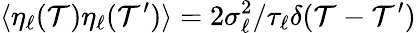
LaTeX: \langle\eta_{\ell}(\mathcal{T})\eta_{\ell}(\mathcal{T}^{\prime})\rangle=2\sigma_{\ell}^{2}/\tau_{\ell}\delta(\mathcal{T}-\mathcal{T}^{\prime})